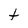
Character: t